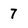
Character: 7